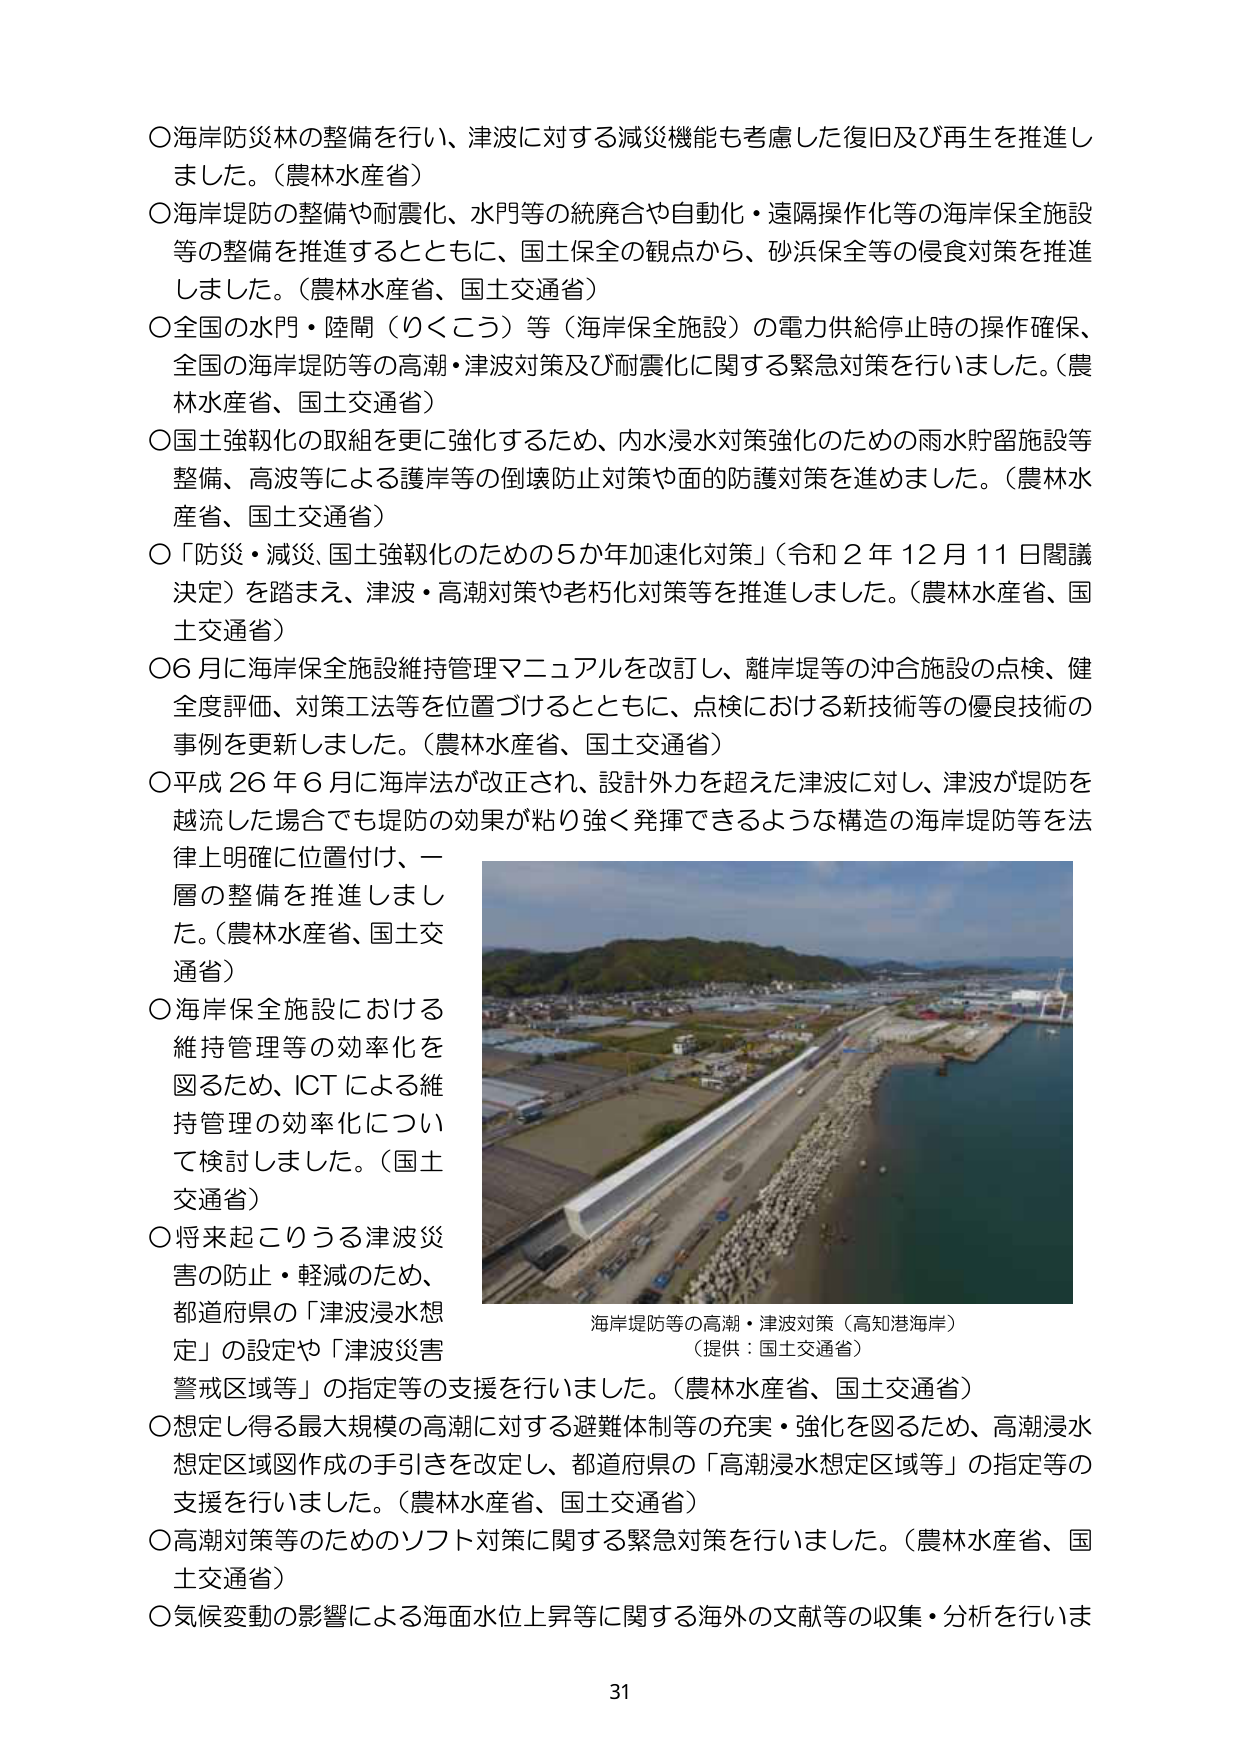
〇海岸防災林の整備を行い、津波に対する減災機能も考慮した復旧及び再生を推進しました。（農林水産省）
〇海岸堤防の整備や耐震化、水門等の統廃合や自動化・遠隔操作化等の海岸保全施設等の整備を推進するとともに、国土保全の観点から、砂浜保全等の侵食対策を推進しました。（農林水産省、国土交通省）
〇全国の水門・陸閘（りくこう）等（海岸保全施設）の電力供給停止時の操作確保、全国の海岸堤防等の高潮・津波対策及び耐震化に関する緊急対策を行いました。（農林水産省、国土交通省）
〇国土強靭化の取組を更に強化するため、内水浸水対策強化のための雨水貯留施設等整備、高波等による護岸等の倒壊防止対策や面的防護対策を進めました。（農林水産省、国土交通省）
〇「防災・減災、国土強靭化のための5か年加速化対策」（令和2年12月11日閣議決定）を踏まえ、津波・高潮対策や老朽化対策等を推進しました。（農林水産省、国土交通省）
〇6月に海岸保全施設維持管理マニュアルを改訂し、離岸堤等の沖合施設の点検、健全度評価、対策工法等を位置づけるとともに、点検における新技術等の優良技術の事例を更新しました。（農林水産省、国土交通省）
〇平成26年6月に海岸法が改正され、設計外力を超えた津波に対し、津波が堤防を越流した場合でも堤防の効果が粘り強く発揮できるような構造の海岸堤防等を法律上明確に位置付け、一層の整備を推進しました。（農林水産省、国土交通省）
〇海岸保全施設における維持管理等の効率化を図るため、ICTによる維持管理の効率化について検討しました。（国土交通省）
〇将来起こりうる津波災害の防止・軽減のため、都道府県の「津波浸水想定」の設定や「津波災害警戒区域等」の指定等の支援を行いました。（農林水産省、国土交通省）
〇想定し得る最大規模の高潮に対する避難体制等の充実・強化を図るため、高潮浸水想定区域図作成の手引きを改定し、都道府県の「高潮浸水想定区域等」の指定等の支援を行いました。（農林水産省、国土交通省）
〇高潮対策等のためのソフト対策に関する緊急対策を行いました。（農林水産省、国土交通省）
〇気候変動の影響による海面水位上昇等に関する海外の文献等の収集・分析を行いま

海岸堤防等の高潮・津波対策（高知港海岸）
（提供：国土交通省）

31